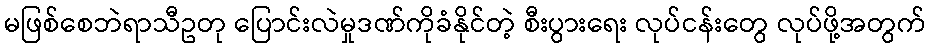
မဖြစ်စေဘဲရာသီဥတု ပြောင်းလဲမှုဒဏ်ကိုခံနိုင်တဲ့ စီးပွားရေး လုပ်ငန်းတွေ လုပ်ဖို့အတွက်